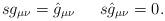
LaTeX: \begin{align*}\begin{array}{ll}s g_{\mu\nu} = \hat{g}_{\mu\nu} ~&~ s \hat{g}_{\mu\nu} = 0.\end{array}\end{align*}